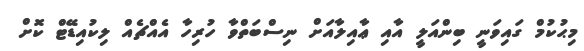
މިޙުކުމް ގައިވަނީ ބިންއަލީ އާއި ޢާއިލާއަށް ނިސްބަތްވާ ހުރިހާ އެއްޗެއް ލިކުއިޑޭޓް ކޮށް